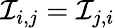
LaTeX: {\mathcal{I}}_{i,j}={\mathcal{I}}_{j,i}